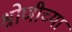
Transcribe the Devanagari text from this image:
श्रोणीच्या